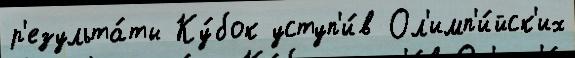
р'езульта́ты Ку́бок уступ'и́в Ол'имп'и́йск'их